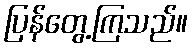
ပြန်တွေ့ကြသည်။